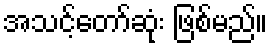
အသင့်တော်ဆုံး ဖြစ်မည်။